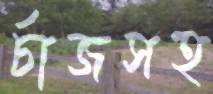
র্চাজসহ